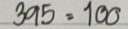
395 = 100